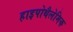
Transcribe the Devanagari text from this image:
हाइपोथैलेमिक